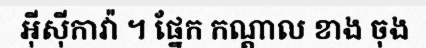
អ៊ីស៊ីកាវ៉ា ។ ផ្នែក កណ្តាល ខាង ចុង